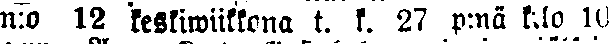
n:o 12 keskiwiikkona t. k. 27 p:nä k:lo 10